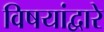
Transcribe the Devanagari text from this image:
विषयांद्वारे